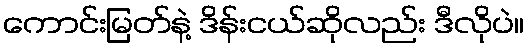
ကောင်းမြတ်နဲ့ ဒိန်းငယ်ဆိုလည်း ဒီလိုပဲ။